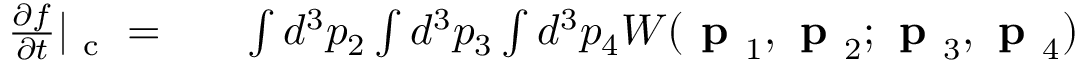
\begin{array} { r l r } { \frac { \partial f } { \partial t } | _ { \mathrm { ~ c ~ } } = } & { { } } & { \int d ^ { 3 } p _ { 2 } \int d ^ { 3 } p _ { 3 } \int d ^ { 3 } p _ { 4 } W ( \textbf { p } _ { 1 } , \textbf { p } _ { 2 } ; \textbf { p } _ { 3 } , \textbf { p } _ { 4 } ) } \end{array}